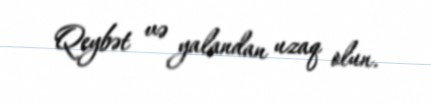
Qeybət və yalandan uzaq olun.